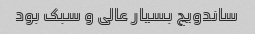
ساندویچ بسیار عالی و سبک بود